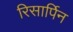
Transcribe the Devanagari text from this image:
रिसार्पिन